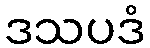
ဒသပဒံ